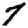
Digit: 7